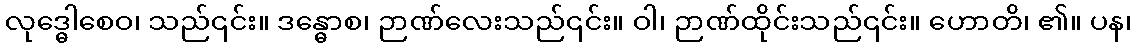
လုဒ္ဓေါစေဝ၊ သည်၎င်း။ ဒန္ဓောစ၊ ဉာဏ်လေးသည်၎င်း။ ဝါ၊ ဉာဏ်ထိုင်းသည်၎င်း။ ဟောတိ၊ ၏။ ပန၊